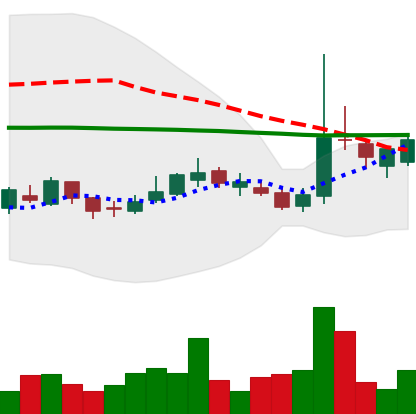
Ticker: LTC-USD
Chart end date: 2017-03-06
Forward return: -3.147%
Label: down_3_5